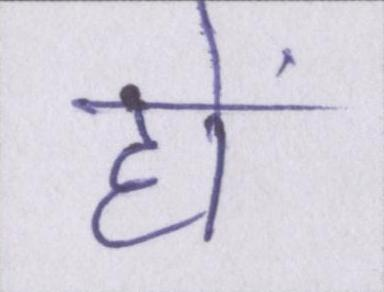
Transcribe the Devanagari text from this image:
हों